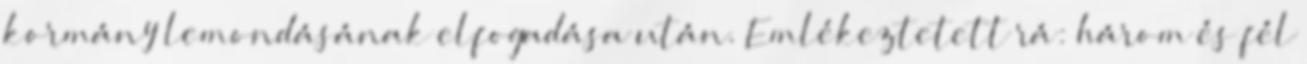
kormány lemondásának elfogadása után. Emlékeztetett rá: három és fél